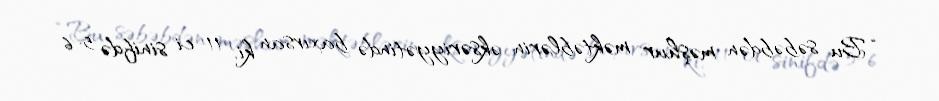
“Bu səbəbdən məşhur məktəblərin əksəriyyətində baxırsan ki, 11-ci sinifdə 5-6